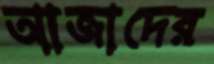
আজাদের